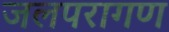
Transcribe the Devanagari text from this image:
जलपरागण